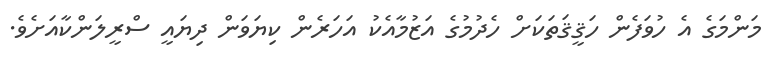
މަންމަގެ އެ ހުވަފެން ހަޤީޤަތަކަށް ހެދުމުގެ އަޒުމާއެކު އަހަރެން ކިޔަވަން ދިޔައީ ސްރީލަންކާއަށެވެ.